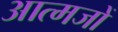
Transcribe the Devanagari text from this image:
आत्मजों